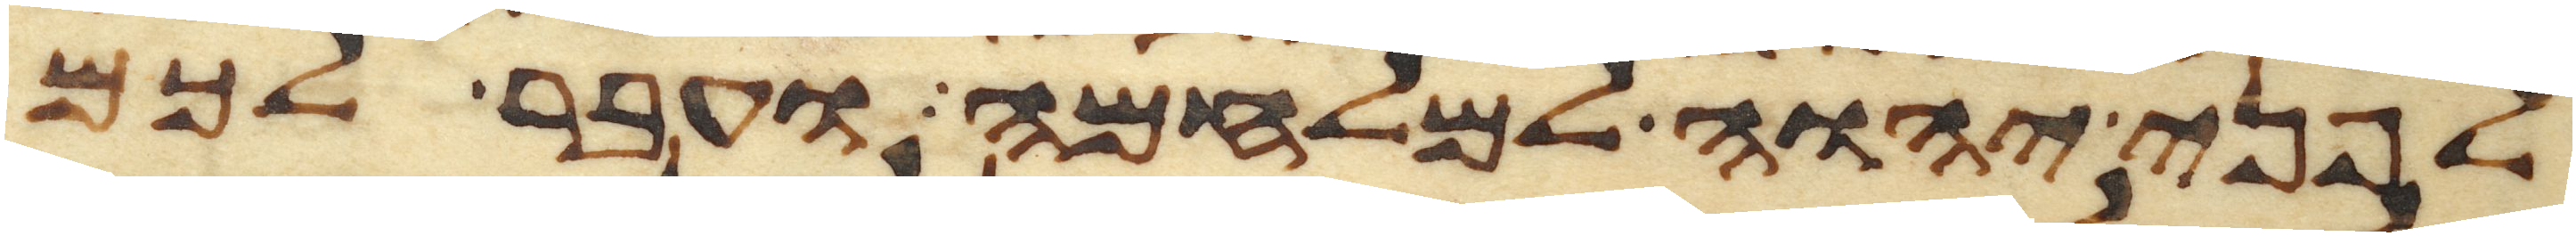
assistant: לפני יהוה למלחמה ועבר לכם